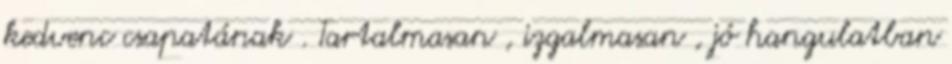
kedvenc csapatának . Tartalmasan , izgalmasan , jó hangulatban